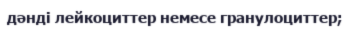
дәнді лейкоциттер немесе гранулоциттер;